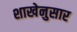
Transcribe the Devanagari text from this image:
शाखेनुसार